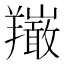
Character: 𦏦